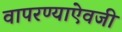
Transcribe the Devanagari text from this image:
वापरण्याऐवजी